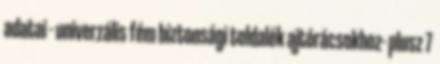
adatai - univerzális fém biztonsági toldalék ajtórácsokhoz- plusz 7